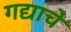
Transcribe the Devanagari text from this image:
गद्याचे